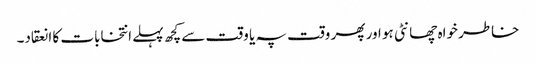
خاطر خواہ چھانٹی ہو اور پھر وقت پہ یا وقت سے کچھ پہلے انتخابات کا انعقاد۔